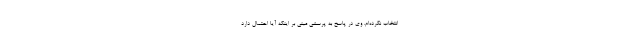
انتخاب نکرده‌ام. وی در پاسخ به پرسشی مبنی بر اینکه آیا احتمال دارد